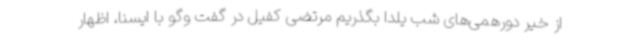
از خیر دورهمی‌های شب یلدا بگذریم مرتضی کفیل در گفت وگو با ایسنا، اظهار